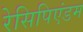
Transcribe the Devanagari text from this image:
रेसिपिएंडम